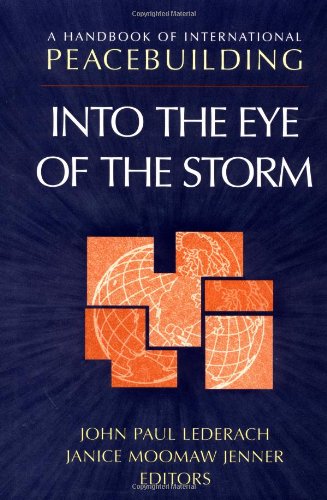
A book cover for A Handbook of International Peacebuilding: Into The Eye Of The Storm; Business & Money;